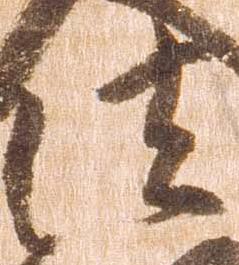
法